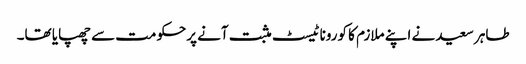
طاہر سعید نے اپنے ملازم کا کورونا ٹیسٹ مثبت آنے پرحکومت سے چھپایا تھا۔